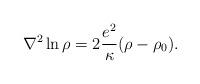
LaTeX: \begin{align*}\nabla^2\ln\rho=2\frac{e^2}{\kappa} (\rho-\rho_0).\end{align*}